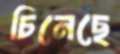
চিনেছে